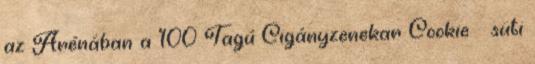
az Arénában a 100 Tagú Cigányzenekar Cookie süti